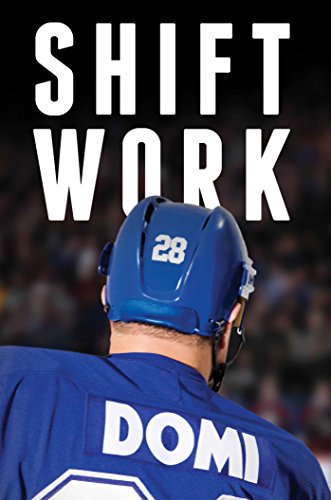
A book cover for Shift Work; Tie Domi; Biographies & Memoirs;